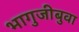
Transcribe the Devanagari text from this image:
भागुजीबुवा